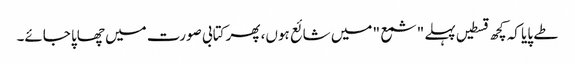
طے پایا کہ کچھ قسطیں پہلے "شمع " میں شائع ہوں، پھر کتابی صورت میں چھاپا جائے۔